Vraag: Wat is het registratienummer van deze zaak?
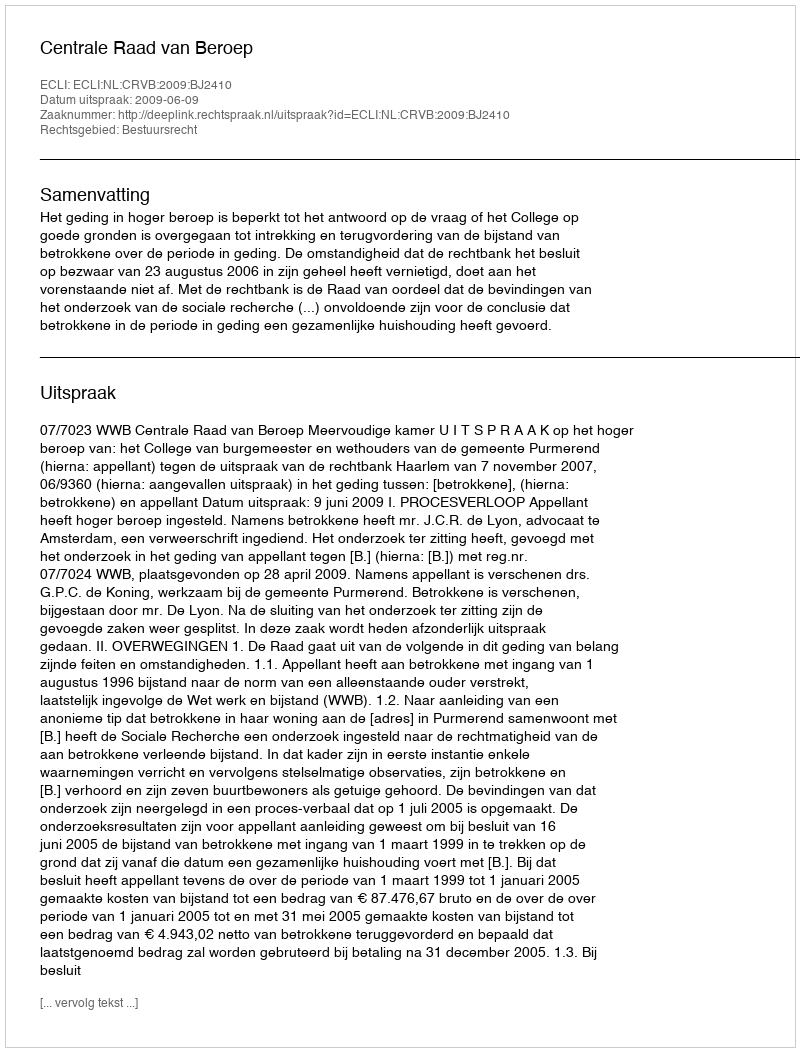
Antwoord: http://deeplink.rechtspraak.nl/uitspraak?id=ECLI:NL:CRVB:2009:BJ2410